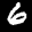
Label: 6